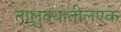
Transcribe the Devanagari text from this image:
तालुक्यातीलएक